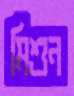
মিশুন